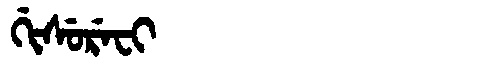
Manchu: ᡤᡳᠰᡠᡵᡝᠸᡳ
Romanization: GISUREFI